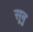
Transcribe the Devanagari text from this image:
सूनु